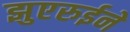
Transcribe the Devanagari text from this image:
झुएरुईने